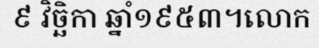
៩ វិច្ឆិកា ឆ្នាំ១៩៥៣។លោក